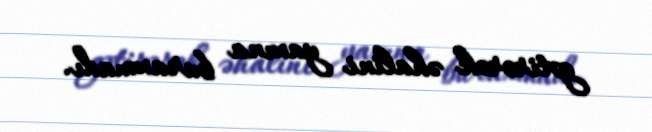
gətirərək əhalini yaxına buraxmadı.